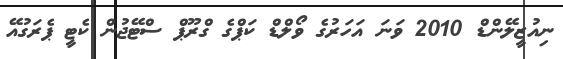
ނިއުޒީލޭންޑް 2010 ވަނަ އަހަރުގެ ވޯލްޑް ކަޕްގެ ގްރޫޕް ސްޓޭޖުން ކެޓީ ޕެރަގުއޭ